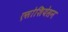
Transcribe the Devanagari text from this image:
एसोशियेसन